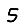
Digit: 5